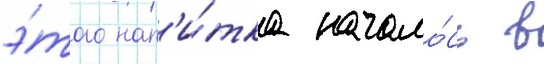
э́того нап'и́тка начало́сь в